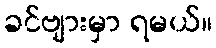
ခင်ဗျားမှာ ရမယ်။